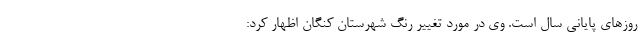
روزهای پایانی سال است. وی در مورد تغییر رنگ شهرستان کنگان اظهار کرد: